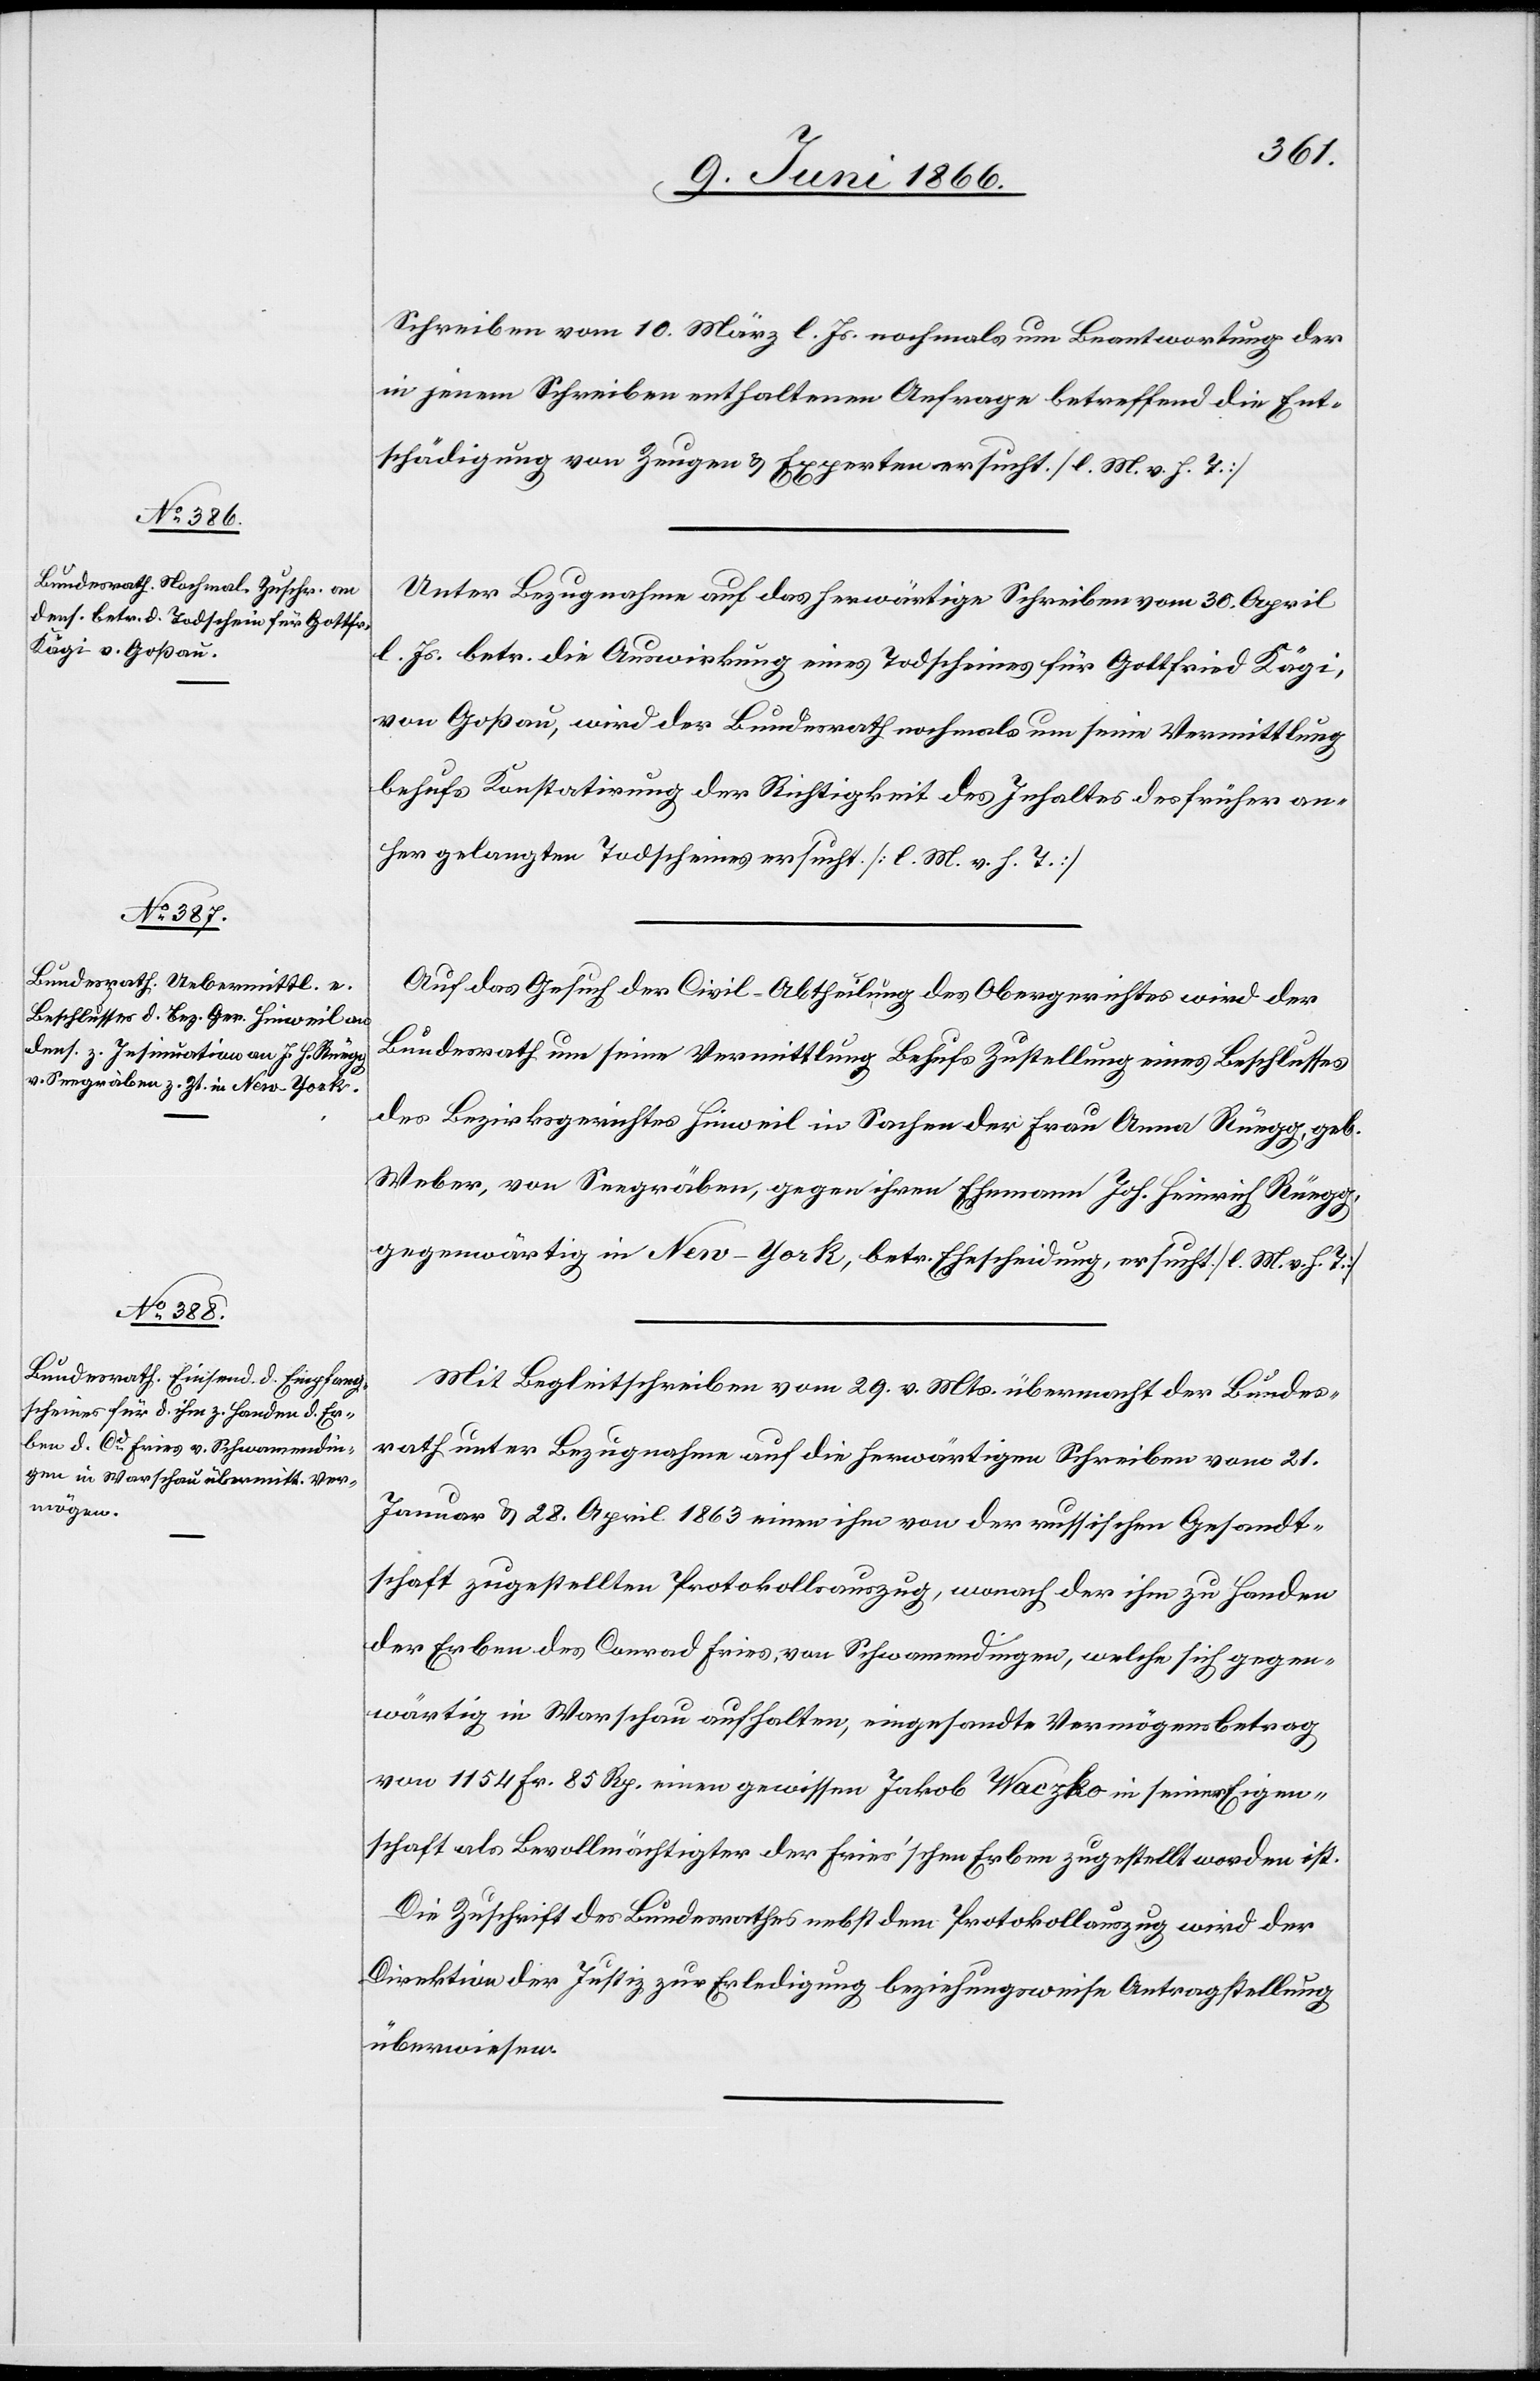
11. Juni 1866.]
Schreiben vom 10. März l. Js. nochmals um Beantwortung der
in jenem Schreiben enthaltenen Anfrage betreffend die Ent¬
schädigung von Zeugen u. Experten ersucht. [l. M. v. h. T.]
Unter Bezugnahme auf das herwärtige Schreiben vom 30. April
l. Js. betr. die Auswirkung eines Todscheines für Gottfried Kägi,
von Goßau, wird der Bundesrath nochmals um seine Vermittlung
behufs Konstatirung der Richtigkeit des Inhaltes des früher an¬
her gelangten Todscheines ersucht [l. M. v. h. T.]
Auf das Gesuch der Civil-Abtheilung des Obergerichtes wird der
Bundesrath um seine Vermittlung Behufs Zustellung eines Beschlusses
des Bezirksgerichtes Hinweil in Sachen der Frau Anna Rüegg, geb.
Weber, von Seegräben, gegen ihren Ehemann Joh. Heinrich Rüegg,
gegenwärtig in New-York, betr. Ehescheidung, ersucht. [l. M. v. h. T.]
Mit Begleitschreiben vom 29. v. Mts. übermacht der Bundes¬
rath unter Bezugnahme auf die herwärtigen Schreiben vom 21.
Januar u. 28. April 1863 einen ihm von der russischen Gesandt¬
schaft zugestellten Protokollauszug, wonach der ihm zu Handen
der Erben des Conrad Fries von Schwamendingen, welche sich gegen¬
wärtig in Warschau aufhalten, eingesandte Vermögensbetrag
von 1154 Fr. 85 Rp. einem gewissen Jakob Wacyko in seiner Eigen¬
schaft als Bevollmächtigter der Fries’schen Erben zugestellt worden ist.
Die Zuschrift des Bundesrathes nebst dem Protokollauszug wird der
Direktion der Justiz zur Erledigung beziehungsweise Antragstellung
überwiesen.